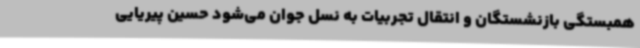
همبستگی بازنشستگان و انتقال تجربیات به نسل جوان می‌شود حسین پیریایی